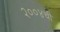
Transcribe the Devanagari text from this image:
२००४ची